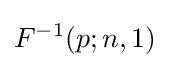
F^{-1}(p;n,1)